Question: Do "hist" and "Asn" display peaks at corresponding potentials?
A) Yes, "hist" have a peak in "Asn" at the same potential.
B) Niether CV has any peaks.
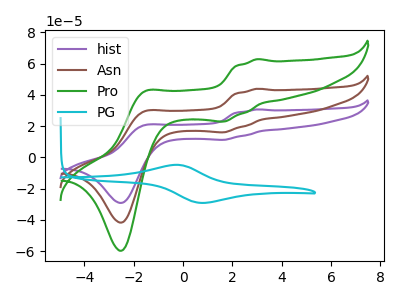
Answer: <think>The purple curve "hist" has anodic peaks at (3.00V, 30.65uA) (-1.55V, 20.50uA) and cathodic peaks at (1.65V, 11.20uA) (-2.50V, -29.20uA). The brown curve "Asn" has anodic peaks at (3.00V, 43.85uA) (-1.55V, 29.35uA) and cathodic peaks at (1.65V, 16.00uA) (-2.50V, -41.75uA). The green curve "Pro" has anodic peaks at (3.00V, 87.70uA) (-1.55V, 58.70uA) and cathodic peaks at (1.65V, 32.00uA) (-2.50V, -83.55uA). The cyan curve "PG" has an anodic peak at (-0.30V, -4.80uA) and a cathodic peak at (0.75V, -29.15uA).</think>
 <answer>A) Yes, "hist" have a peak in "Asn" at the same potential.</answer>
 <eval>A</eval>